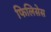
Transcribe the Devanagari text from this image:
फिलिसेस